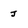
Character: j